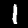
Label: 1